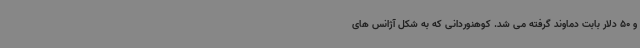
و 50 دلار بابت دماوند گرفته می شد. کوهنوردانی که به شکل آژانس های